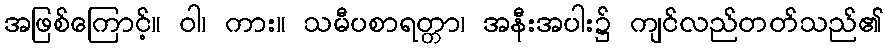
အဖြစ်ကြောင့်။ ဝါ၊ ကား။ သမီပစာရတ္တာ၊ အနီးအပါး၌ ကျင်လည်တတ်သည်၏